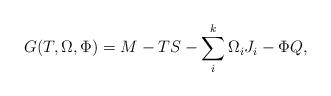
LaTeX: \begin{align*}G(T,\Omega ,\Phi )=M-TS-\sum_i^k\Omega _iJ_i-\Phi Q , \end{align*}